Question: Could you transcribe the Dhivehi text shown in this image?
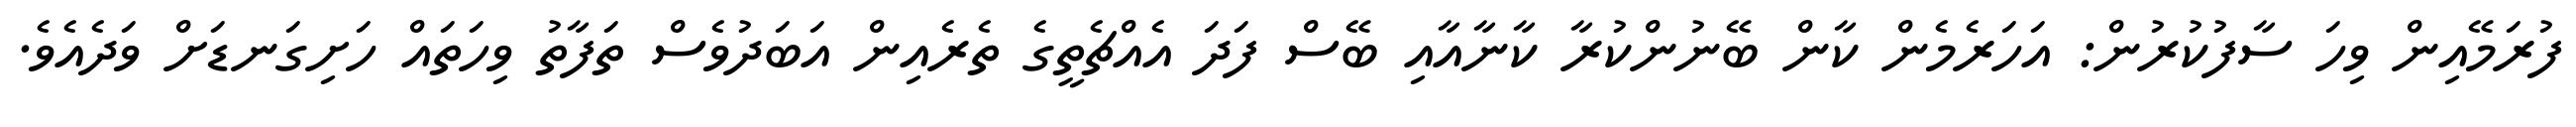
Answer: ފުރަމޭއިން ވިހަ ސާފުކުރުން: އަހަރެމެން ކާން ބޭނުންކުރާ ކާނާއާއި ބޭސް ފަދަ އެއްޗެތީގެ ތެރެއިން އަބަދުވެސް ތަފާތު ވިހަތައް ހަށިގަނޑަށް ވަދެއެވެ.